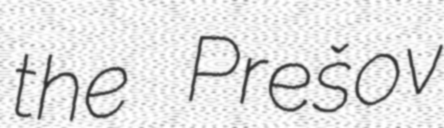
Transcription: the Prešov